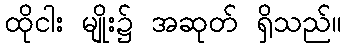
ထိုငါး မျိုး၌ အဆုတ် ရှိသည်။